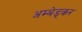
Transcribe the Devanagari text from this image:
अम्बेड्कर